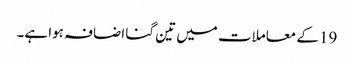
19 کے معاملات میں تین گنا اضافہ ہوا ہے۔